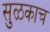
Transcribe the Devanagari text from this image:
सुळकाच